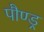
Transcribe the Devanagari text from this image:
पौण्ड्र